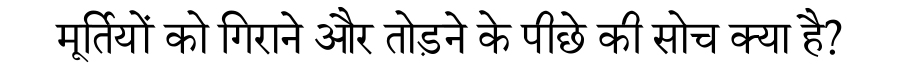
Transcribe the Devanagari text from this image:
मूर्तियों को गिराने और तोड़ने के पीछे की सोच क्या है?